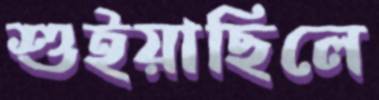
শুইয়াছিলে